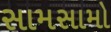
સામસામો